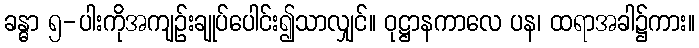
ခန္ဓာ ၅-ပါးကိုအကျဉ်းချုပ်ပေါင်း၍သာလျှင်။ ဝုဋ္ဌာနကာလေ ပန၊ ထရာအခါ၌ကား။